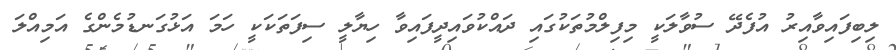
ލިބިފައިވާއިރު އުފެދޭ ސުވާލަކީ މިފިލްމުތަކުގައި ދައްކުވައިދީފައިވާ ހިޔާލީ ސިފަތަކަކީ ހަމަ އަޅުގަނޑުމެންގެ އަމިއްލަ